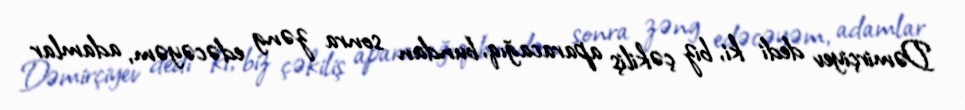
Dəmirçiyev dedi ki, biz çəkiliş aparacağıq, bundan sonra zəng edəcəyəm, adamlar